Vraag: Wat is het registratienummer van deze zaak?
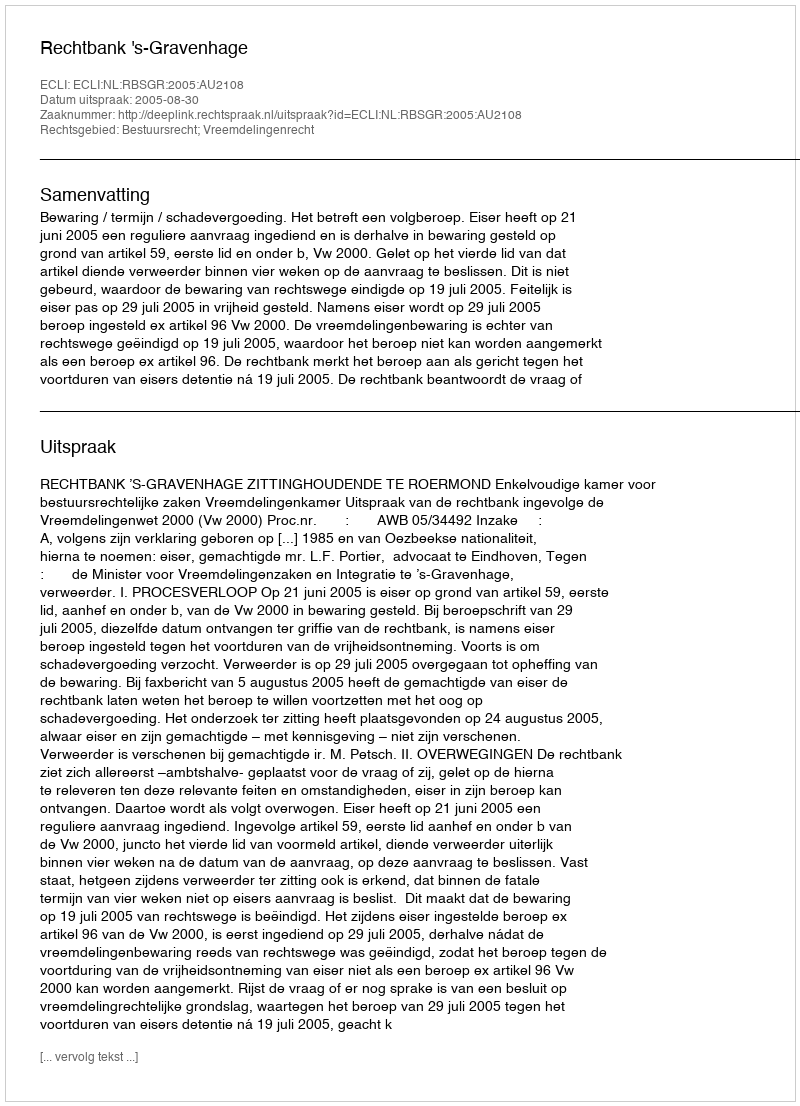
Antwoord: http://deeplink.rechtspraak.nl/uitspraak?id=ECLI:NL:RBSGR:2005:AU2108